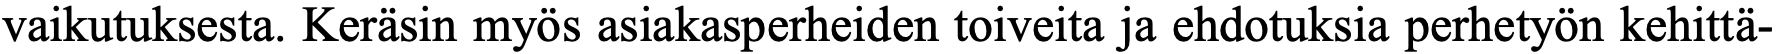
vaikutuksesta. Keräsin myös asiakasperheiden toiveita ja ehdotuksia perhetyön kehittä-